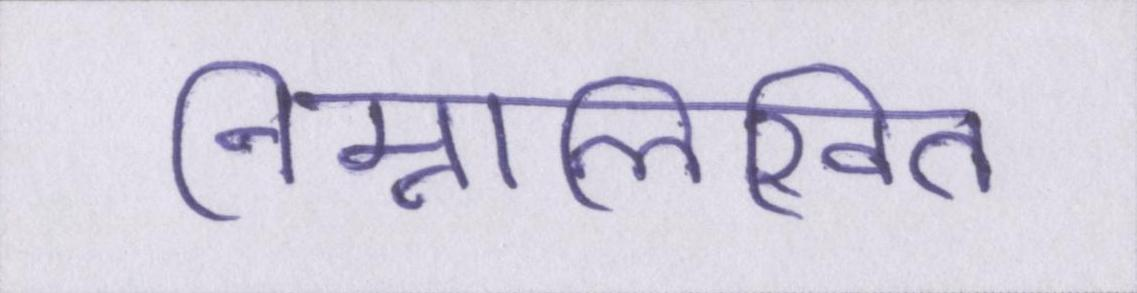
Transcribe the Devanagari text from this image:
निम्नलिखित